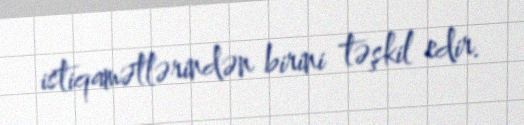
istiqamətlərindən birini təşkil edir.